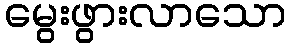
မွေးဖွားလာသော